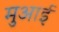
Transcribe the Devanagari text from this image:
मुआई